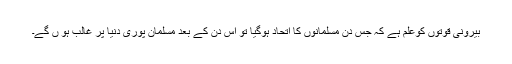
بیرونی قوتوں کوعلم ہے کہ جس دن مسلمانوں کا اتحاد ہوگیا تو اس دن کے بعد مسلمان پوری دنیا پر غالب ہو ں گے۔